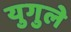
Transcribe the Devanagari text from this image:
युगुले